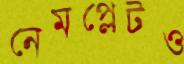
নেমপ্লেটও